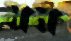
মন